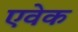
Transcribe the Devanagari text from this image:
एवेक